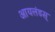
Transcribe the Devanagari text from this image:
आयलंडस्